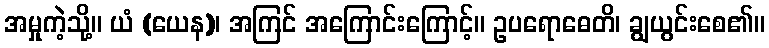
အမှုကဲ့သို့။ ယံ (ယေန)၊ အကြင် အကြောင်းကြောင့်။ ဥပရောဓေတိ၊ ချွယွင်းစေ၏။